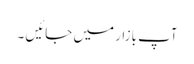
آپ بازار میں جائیں ۔